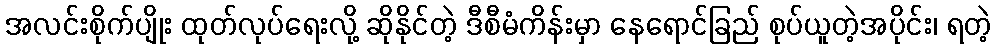
အလင်းစိုက်ပျိုး ထုတ်လုပ်ရေးလို့ ဆိုနိုင်တဲ့ ဒီစီမံကိန်းမှာ နေရောင်ခြည် စုပ်ယူတဲ့အပိုင်း၊ ရတဲ့